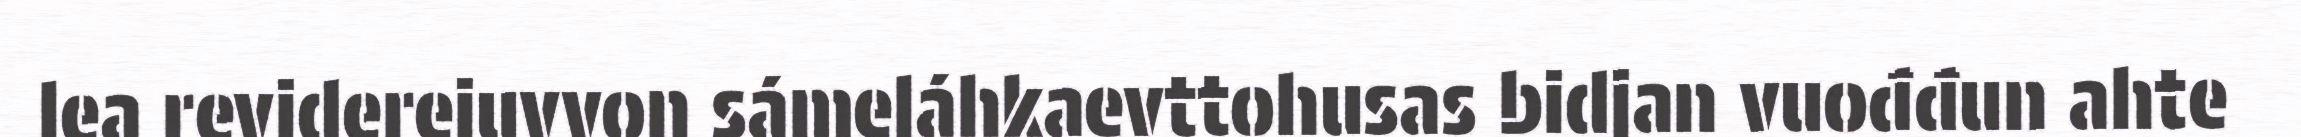
lea reviderejuvvon sámeláhkaevttohusas bidjan vuođđun ahte